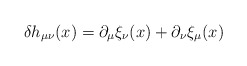
\begin{align*}\delta h_{\mu\nu}(x)=\partial_{\mu}\xi_{\nu}(x)+\partial_{\nu}\xi_{\mu}(x)\end{align*}